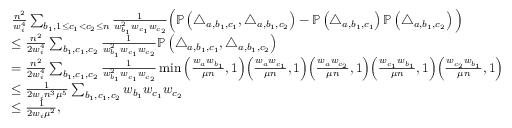
\begin{array} { r l } & { \frac { n ^ { 2 } } { w _ { i } ^ { 4 } } \sum _ { b _ { 1 } , 1 \leq c _ { 1 } < c _ { 2 } \leq n } \frac { 1 } { w _ { b _ { 1 } } ^ { 2 } w _ { c _ { 1 } } w _ { c _ { 2 } } } \Big ( \mathbb { P } \left( \triangle _ { a , b _ { 1 } , c _ { 1 } } , \triangle _ { a , b _ { 1 } , c _ { 2 } } \right) - \mathbb { P } \left( \triangle _ { a , b _ { 1 } , c _ { 1 } } \right) \mathbb { P } \left( \triangle _ { a , b _ { 1 } , c _ { 2 } } \right) \Big ) } \\ & { \leq \frac { n ^ { 2 } } { 2 w _ { i } ^ { 4 } } \sum _ { b _ { 1 } , c _ { 1 } , c _ { 2 } } \frac { 1 } { w _ { b _ { 1 } } ^ { 2 } w _ { c _ { 1 } } w _ { c _ { 2 } } } \mathbb { P } \left( \triangle _ { a , b _ { 1 } , c _ { 1 } } , \triangle _ { a , b _ { 1 } , c _ { 2 } } \right) } \\ & { = \frac { n ^ { 2 } } { 2 w _ { i } ^ { 4 } } \sum _ { b _ { 1 } , c _ { 1 } , c _ { 2 } } \frac { 1 } { w _ { b _ { 1 } } ^ { 2 } w _ { c _ { 1 } } w _ { c _ { 2 } } } \operatorname* { m i n } \Big ( \frac { w _ { a } w _ { b _ { 1 } } } { \mu n } , 1 \Big ) \Big ( \frac { w _ { a } w _ { c _ { 1 } } } { \mu n } , 1 \Big ) \Big ( \frac { w _ { a } w _ { c _ { 2 } } } { \mu n } , 1 \Big ) \Big ( \frac { w _ { c _ { 1 } } w _ { b _ { 1 } } } { \mu n } , 1 \Big ) \Big ( \frac { w _ { c _ { 2 } } w _ { b _ { 1 } } } { \mu n } , 1 \Big ) } \\ & { \leq \frac { 1 } { 2 w _ { i } n ^ { 3 } \mu ^ { 5 } } \sum _ { b _ { 1 } , c _ { 1 } , c _ { 2 } } w _ { b _ { 1 } } w _ { c _ { 1 } } w _ { c _ { 2 } } } \\ & { \leq \frac { 1 } { 2 w _ { i } \mu ^ { 2 } } , } \end{array}